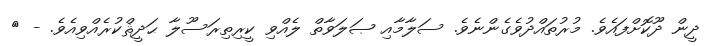
ދީން ދޫކޮށްފައެވެ. މުރުތައްދުވެގެންނެވެ. ސަލާމާއި ޞަލަވާތް ލެއްވި ކީރިތިރަސޫލާ ޙަދީޘްކުރެއްވިއެވެ. - {